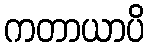
ကတာယာပိ